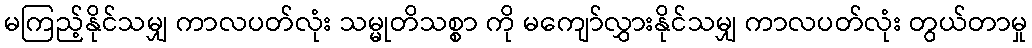
မကြည့်နိုင်သမျှ ကာလပတ်လုံး သမ္မုတိသစ္စာ ကို မကျော်လွှားနိုင်သမျှ ကာလပတ်လုံး တွယ်တာမှု